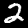
Digit: 2